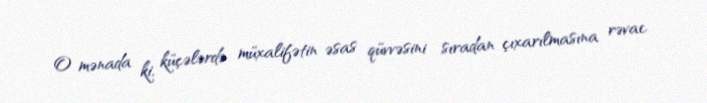
O mənada ki, küçələrdə müxalifətin əsas qüvvəsini sıradan çıxarılmasına rəvac